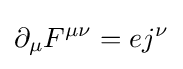
\partial _{\mu }F^{\mu \nu }=ej^{\nu }